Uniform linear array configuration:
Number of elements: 8
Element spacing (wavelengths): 0.75
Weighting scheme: blackman
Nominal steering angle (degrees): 60
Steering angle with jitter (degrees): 60.904
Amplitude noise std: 0.05
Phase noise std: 0.05

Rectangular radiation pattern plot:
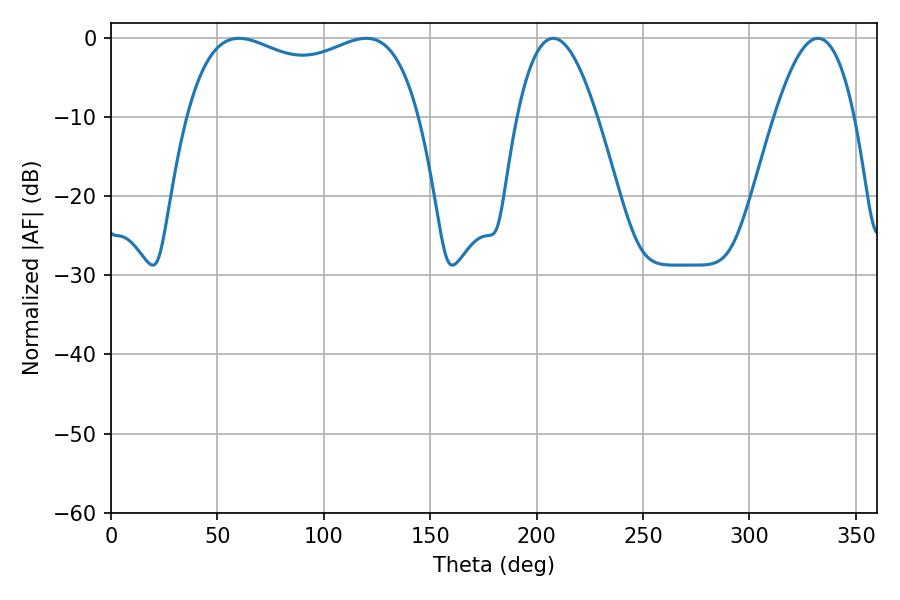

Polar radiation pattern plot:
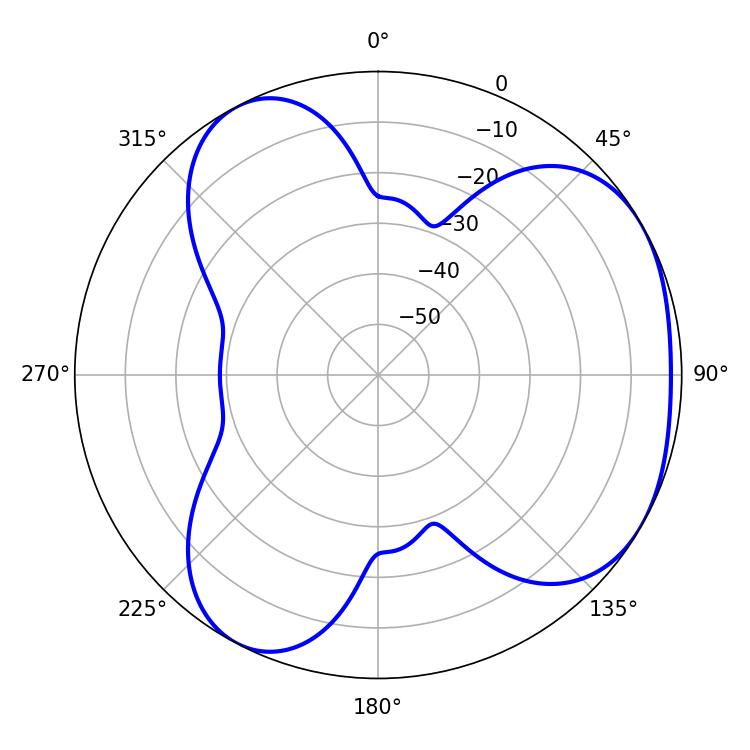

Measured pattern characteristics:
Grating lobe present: TRUE
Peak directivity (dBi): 3.888
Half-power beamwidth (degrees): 89.64
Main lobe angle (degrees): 60.12